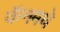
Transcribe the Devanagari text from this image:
कॅनमधे